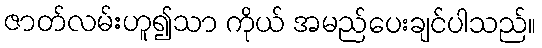
ဇာတ်လမ်းဟူ၍သာ ကိုယ် အမည်ပေးချင်ပါသည်။